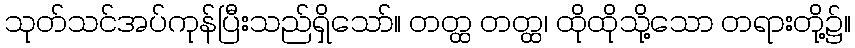
သုတ်သင်အပ်ကုန်ပြီးသည်ရှိသော်။ တတ္ထ တတ္ထ၊ ထိုထိုသို့သော တရားတို့၌။